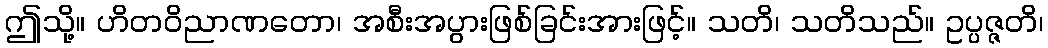
ဤသို့။ ဟိတဝိညာဏတော၊ အစီးအပွားဖြစ်ခြင်းအားဖြင့်။ သတိ၊ သတိသည်။ ဥပ္ပဇ္ဇတိ၊